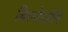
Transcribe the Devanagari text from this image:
बिरगोस्त्रीनि